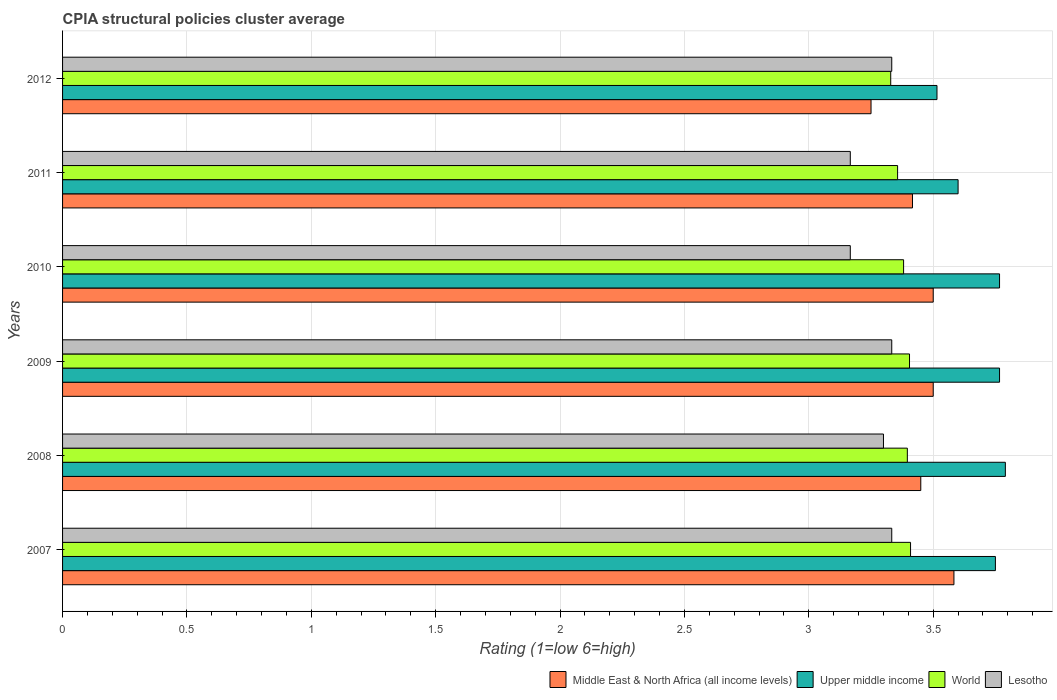
| Years | Middle East & North Africa (all income levels) | Upper middle income | World | Lesotho |
 | --- | --- | --- | --- | --- |
 | 2007 | 3.58 | 3.75 | 3.41 | 3.33 |
 | 2008 | 3.45 | 3.79 | 3.4 | 3.3 |
 | 2009 | 3.5 | 3.77 | 3.4 | 3.33 |
 | 2010 | 3.5 | 3.77 | 3.38 | 3.17 |
 | 2011 | 3.42 | 3.6 | 3.36 | 3.17 |
 | 2012 | 3.25 | 3.52 | 3.33 | 3.33 |